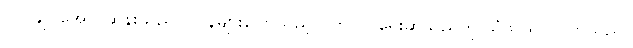
ဗိုလ်ချုပ်အောင်ဆန်းသည် ဂျပန်များပြောသည့်လွတ်လပ်ရေးဆိုသည်ကို သံသယဝင်လာသည်။